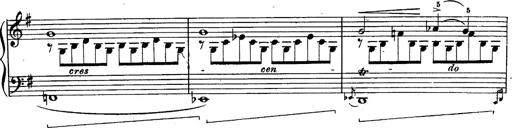
Title: Schubert's Impromptus [revised and edited by Franz Liszt]
Composer: Franz Liszt